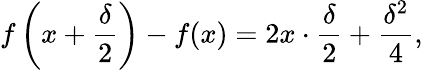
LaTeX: f\left(x+{\frac{\delta}{2}}\right)-f(x)=2x\cdot{\frac{\delta}{2}}+{\frac{\delta^{2}}{4}},